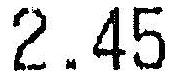
2.45